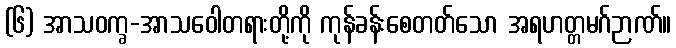
(၆) အာသဝက္ခ-အာသဝေါတရားတို့ကို ကုန်ခန်းစေတတ်သော အရဟတ္တမဂ်ဉာဏ်။